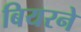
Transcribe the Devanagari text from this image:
बियरने